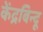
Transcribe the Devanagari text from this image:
केंद्रबिन्दू